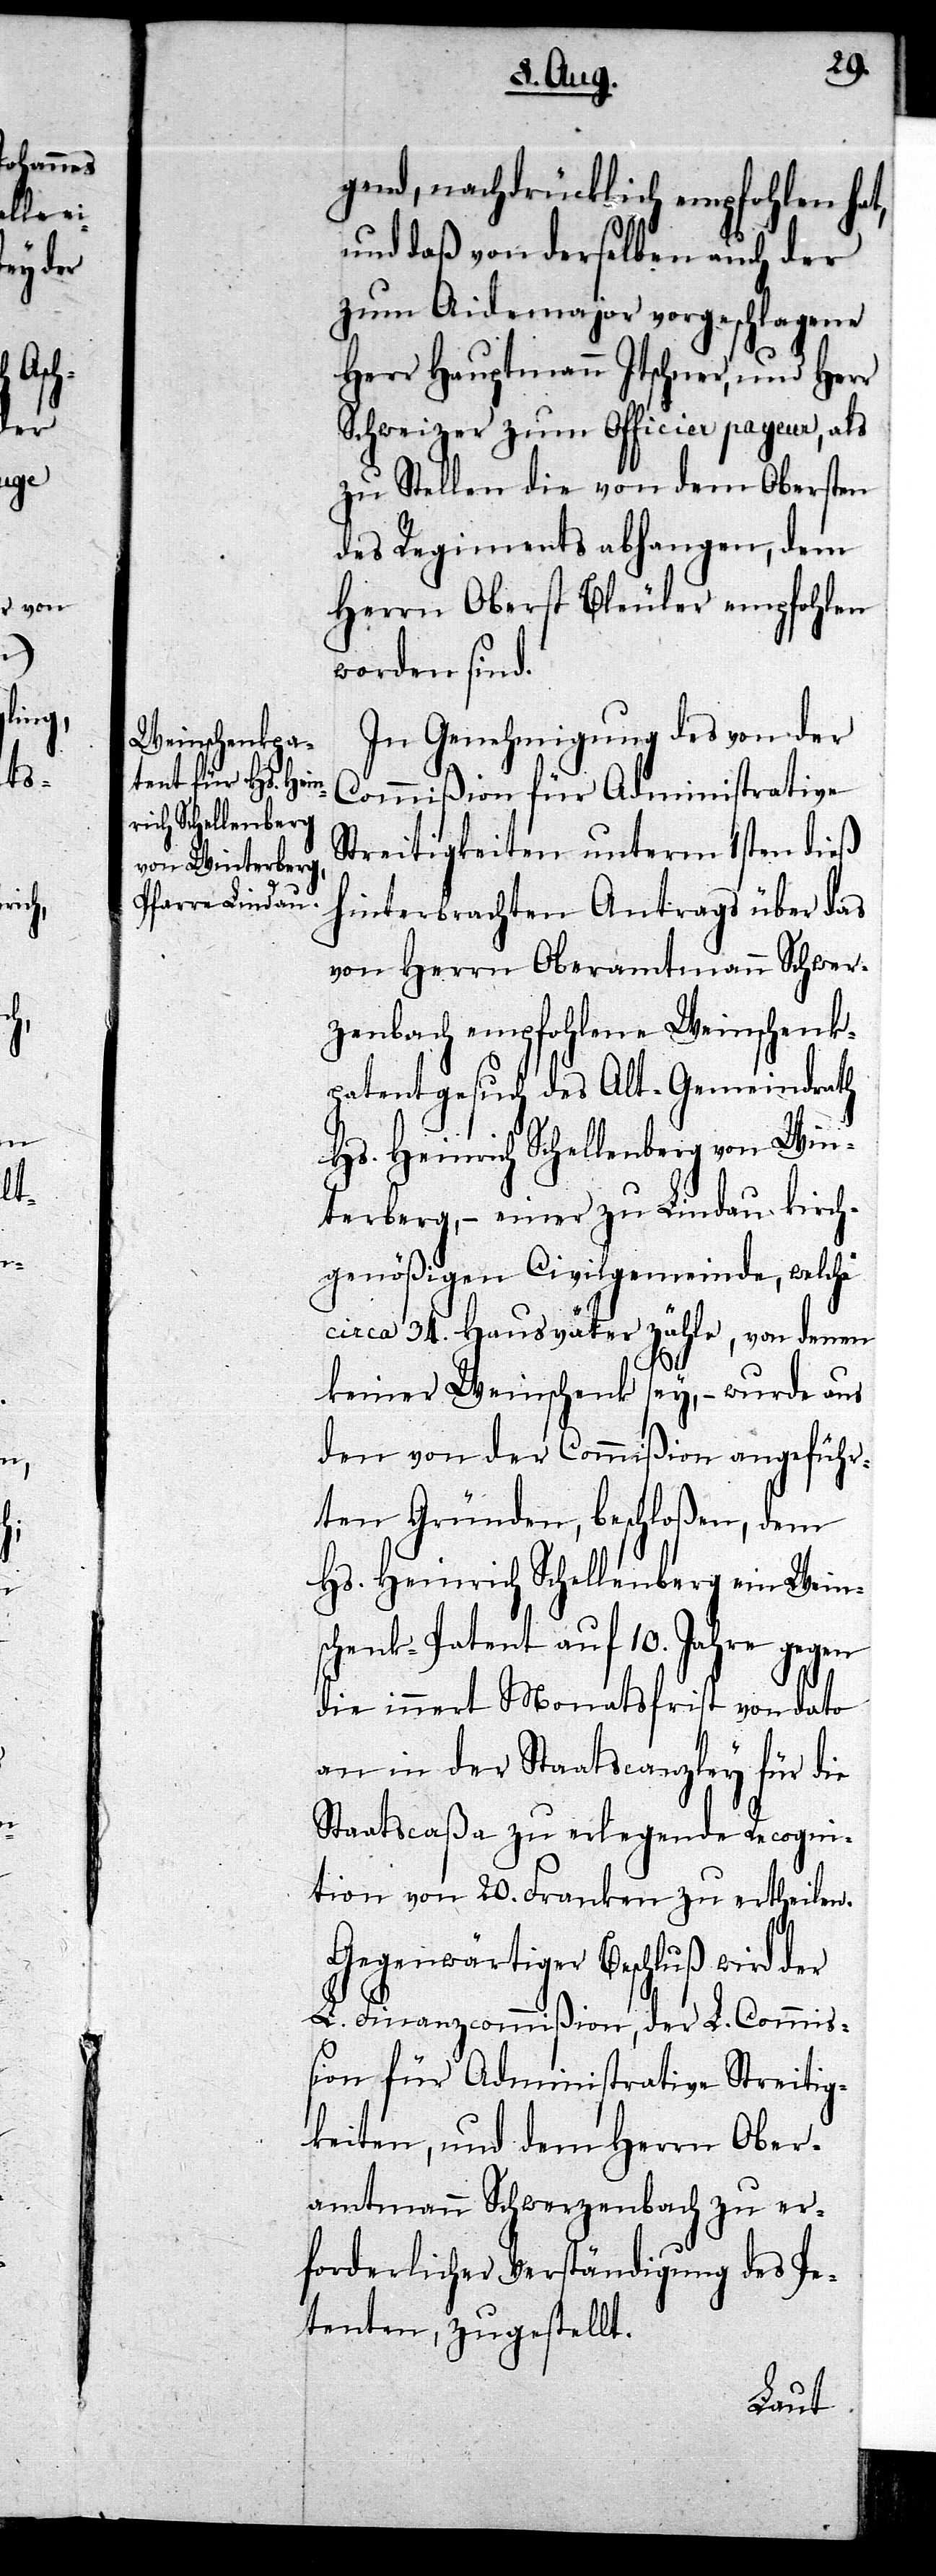
gend, nachdrücklich empfohlen hat,
und daß von derselben auch der
zum Aidemajor vorgeschlagene
Herr Hauptmann Itschner, und Herr
Schweizer zum Officier payeur, als
zu Stellen die von dem Obersten
des Regiments abhangen, dem
Herrn Oberst Bleuler empfohlen
worden sind.
In Genehmigung des von der
Commißion für Administrative
Streitigkeiten unterm 1sten dieß
hinterbrachten Antrags über das
von Herrn Oberamtmann Schwer¬
zenbach empfohlene Weinschenk¬
patentgesuch des Alt-Gemeindrath
Hs. Heinrich Schellenberg von Win¬
terberg, – einer zu Lindau kirch¬
genößigen Civilgemeinde, welche
circa 34. Hausväter zähle, von denen
keiner Weinschenk sey, – wurde aus
den von der Commißion angeführ¬
ten Gründen, beschloßen, dem
Hs. Heinrich Schellenberg ein Wein¬
schenk-Patent auf 10. Jahre gegen
die innert Monatsfrist von dato
an in der Staatscanzley für die
Staatscaßa zu erlegende Recogni¬
tion von 20. Franken zu ertheilen.
Gegenwärtiger Beschluß wird der
L. Finanzcommißion, der L. Commiß¬
ion für Administrative Streitig¬
keiten, und dem Herrn Ober¬
amtmann Schwerzenbach zu er¬
forderlicher Verständigung des Pe¬
tenten, zugestellt.